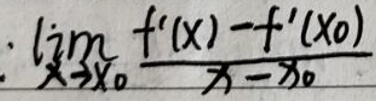
$\lim_{x \to x_0} \frac{f'(x) - f'(x_0)}{x - x_0}$